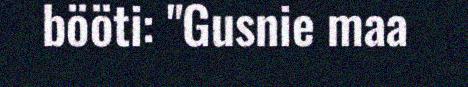
bööti: "Gusnie maa